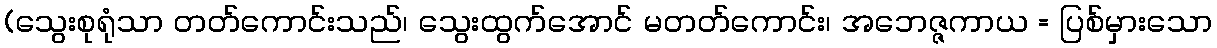
(သွေးစုရုံသာ တတ်ကောင်းသည်၊ သွေးထွက်အောင် မတတ်ကောင်း၊ အဘေဇ္ဇကာယ = ပြစ်မှားသော